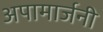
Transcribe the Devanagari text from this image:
अपामार्जनी